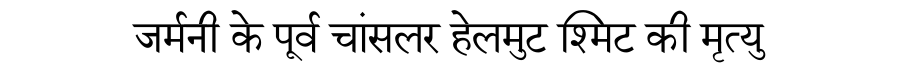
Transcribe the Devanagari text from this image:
जर्मनी के पूर्व चांसलर हेलमुट श्मिट की मृत्यु